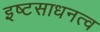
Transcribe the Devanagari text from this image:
इष्टसाधनत्व